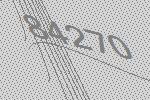
84270